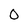
Character: 0